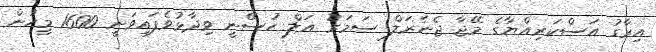
އިރާގު އަސްކަރިއްޔާގެ މޭޖާ ޖެނެރަލް ސަމަރު އަލް ހުސޭނީ ވިދާޅުވެފައިވަނީ 1600 މީހުން